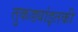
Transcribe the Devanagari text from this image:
तुकड्यांइतकी